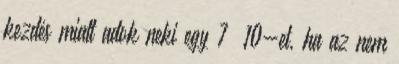
kezdés miatt adok neki egy 7 10-et, ha az nem